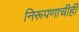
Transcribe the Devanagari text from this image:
निरूपणाचीही